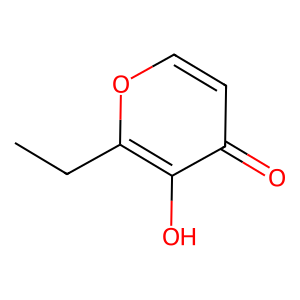
SMILES: CCc1occc(=O)c1O
Inhibits HIV replication: No